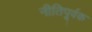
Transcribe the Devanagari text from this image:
नीतिपूर्वक